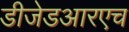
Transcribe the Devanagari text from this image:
डीजेडआरएच